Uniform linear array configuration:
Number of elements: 12
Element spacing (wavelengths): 1
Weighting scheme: binomial
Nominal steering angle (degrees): -30
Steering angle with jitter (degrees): -31.221
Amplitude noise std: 0.05
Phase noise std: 0.05

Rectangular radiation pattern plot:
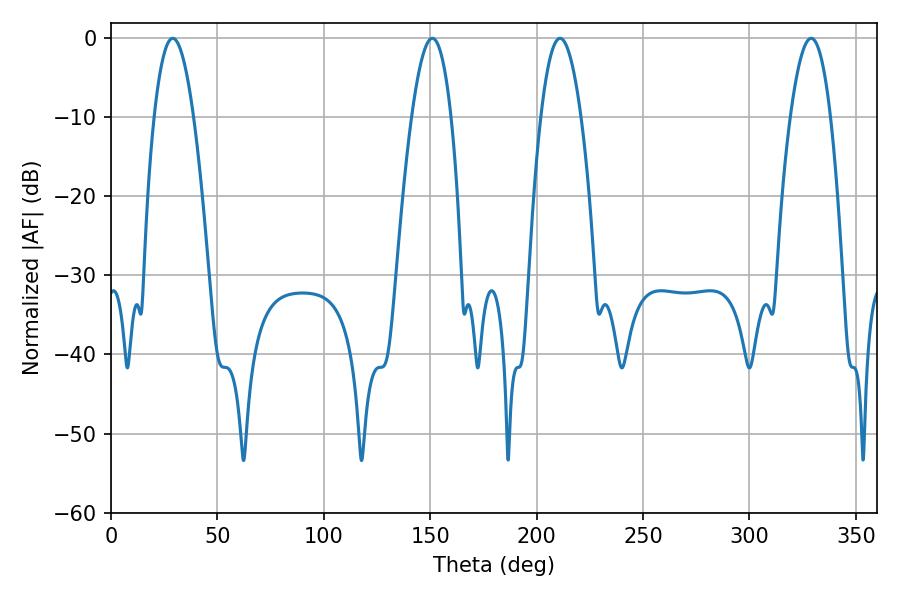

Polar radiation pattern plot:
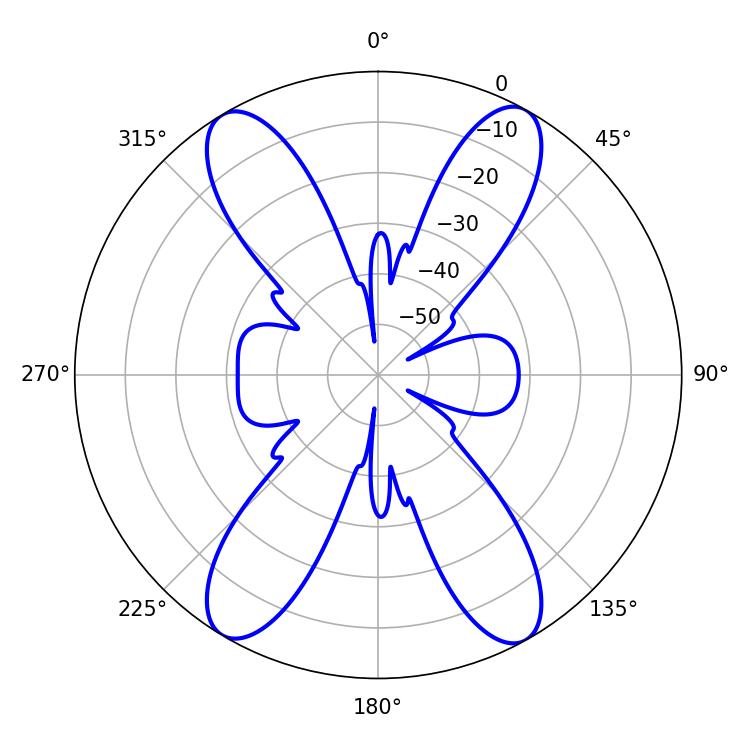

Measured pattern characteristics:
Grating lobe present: TRUE
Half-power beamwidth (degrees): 10.08
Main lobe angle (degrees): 28.98